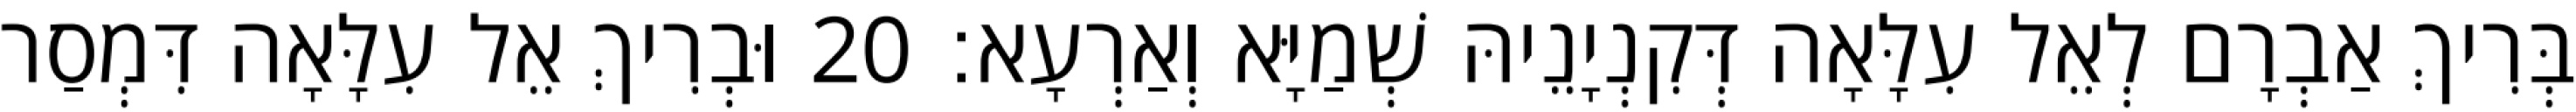
בְּרִיךְ אַבְרָם לְאֵל עִלָּאָה דְּקִנְיָנֵיהּ שְׁמַיָּא וְאַרְעָא׃ 20 וּבְרִיךְ אֵל עִלָּאָה דִּמְסַר